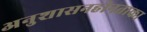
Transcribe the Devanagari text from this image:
अनुशासनहीनताका